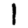
Digit: 1